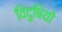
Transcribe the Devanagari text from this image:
विदुषियो